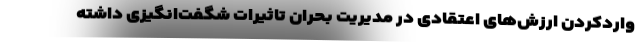
واردکردن ارزش‌های اعتقادی در مدیریت بحران تاثیرات شگفت‌انگیزی داشته